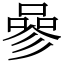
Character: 𠻝